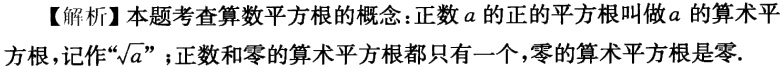
【解析】本题考查算数平方根的概念：正数\(a\)的正的平方根叫做\(a\)的算术平方根，记作“\(\sqrt{a}\)”；正数和零的算术平方根都只有一个，零的算术平方根是零.